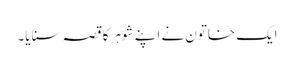
ایک خاتون نے اپنے شوہر کا قصہ سنایا۔